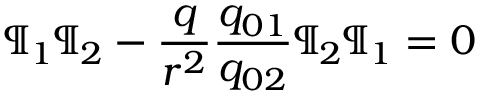
\P _ { 1 } \P _ { 2 } - { \frac { q } { r ^ { 2 } } } { \frac { q _ { 0 1 } } { q _ { 0 2 } } } \P _ { 2 } \P _ { 1 } = 0